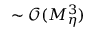
\sim \mathcal { O } ( M _ { \eta } ^ { 3 } )